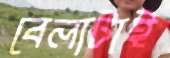
বেলাটাই